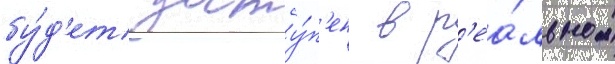
бу́д'ет досту́п'ен в р'еа́льном